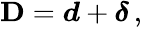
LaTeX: \begin{array}{r}{\mathbf{D}=\boldsymbol{d}+\boldsymbol{\delta}\, ,}\end{array}